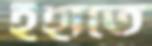
ইঁহাতে